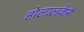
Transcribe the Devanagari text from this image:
होलालकेरे